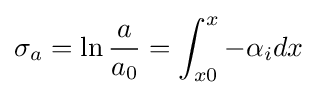
\sigma _{a}=\ln {\frac {a}{a_{0}}}=\int _{x0}^{x}-\alpha _{i}dx